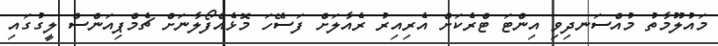
މައުލޫމާތު މުއްސަނދިވި އިންޓަ ޓްރެކަށް އެރިއިރު ރެއާލަށް ފަސޭހަ މޮޅެއްފޯލާނަށް ޗެމްޕިއަންސް ލީގުގައި